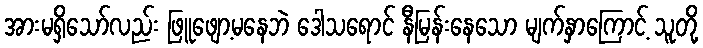
အားမရှိသော်လည်း ဖြူဖျော့မနေဘဲ ဒေါသရောင် နီမြန်းနေသော မျက်နှာကြောင့် သူတို့